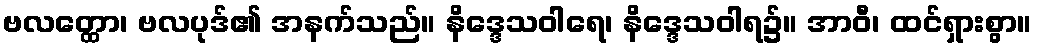
ဗလတ္ထော၊ ဗလပုဒ်၏ အနက်သည်။ နိဒ္ဒေသဝါရေ၊ နိဒ္ဒေသဝါရ၌။ အာဝီ၊ ထင်ရှားစွာ။